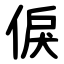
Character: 㑦